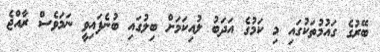
ބޭރުގެ ގައުމުތަކުގައި މި ކަމުގެ އަދަބު ލުއިކަމަށް ބިލުގައި ބުނެފައިވީ ނަމަވެސް ރާއްޖެ